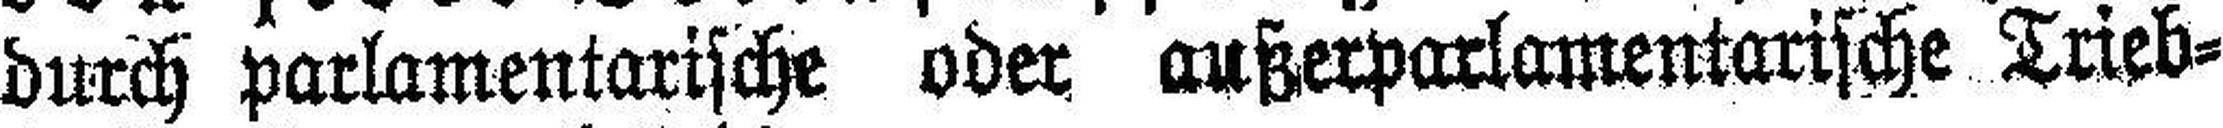
durch parlamentarische oder außerparlamentarische Trieb¬